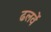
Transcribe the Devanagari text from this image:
ढलवें